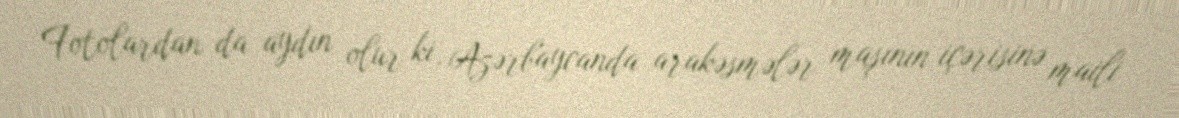
Fotolardan da aydın olur ki, Azərbaycanda arakəsmələr maşının içərisinə maili